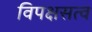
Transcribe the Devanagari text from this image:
विपक्षसत्व